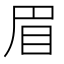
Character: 眉